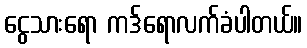
ငွေသားရော ကဒ်ရောလက်ခံပါတယ်။